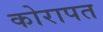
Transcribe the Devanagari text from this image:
कोरापत